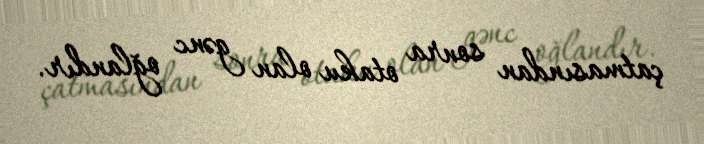
çatmasından sonra otaku olan gənc oğlandır.